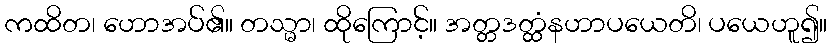
ကထိတ၊ ဟောအပ်၏။ တသ္မာ၊ ထိုကြောင့်။ အတ္တဒတ္ထံနဟာပယေတိ၊ ပယေဟူ၍။